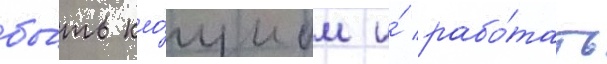
бы́ть кло́уном и́ рабо́тать